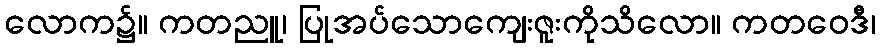
လောက၌။ ကတညူ၊ ပြုအပ်သောကျေးဇူးကိုသိလော။ ကတဝေဒီ၊